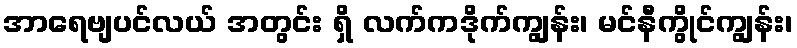
အာရေဗျပင်လယ် အတွင်း ရှိ လက်ကဒိုက်ကျွန်း၊ မင်နီကွိုင်ကျွန်း၊